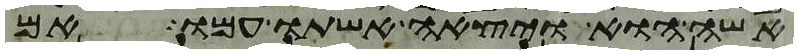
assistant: אשה הוא ויצאה אשתו עמו אם